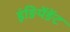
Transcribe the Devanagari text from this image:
इंङिपेंङेंट